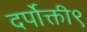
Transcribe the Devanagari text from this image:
दर्पोक्ती९